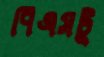
পিএসটু